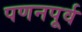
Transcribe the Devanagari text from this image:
पणनपूर्व